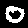
Label: 0